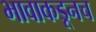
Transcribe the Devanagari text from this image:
भावाकडूनच